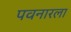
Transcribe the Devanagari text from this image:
पवनारला